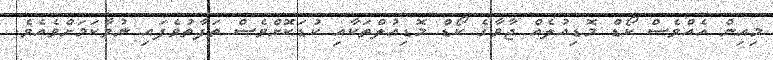
މިއިން އެއްވެސް ކޯޑް މޮޑިއުލެއް ޖާވާގެ ކޯޑް މޮޑިއުލްތަކާއި ކުޑަކޮށްވެސް ތަފާތުވެފައި ނުވާކަމަށްވެއެވެ.